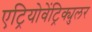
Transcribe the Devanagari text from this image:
एट्रियोवेंट्रिक्युलर